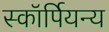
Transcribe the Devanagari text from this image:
स्कॉर्पियन्य